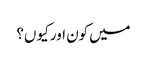
میں کون اور کیو ں؟